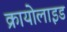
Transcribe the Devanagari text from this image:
क्रायोलाइड